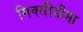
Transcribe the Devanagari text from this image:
मिक्सीडीमा